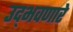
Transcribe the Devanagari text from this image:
उद्‌भवणारे